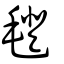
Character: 𣰆